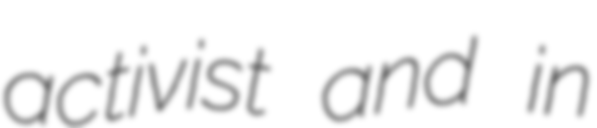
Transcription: activist and in